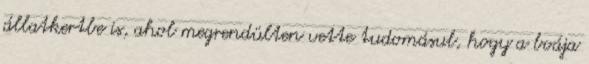
állatkertbe is, ahol megrendülten vette tudomásul, hogy a boája